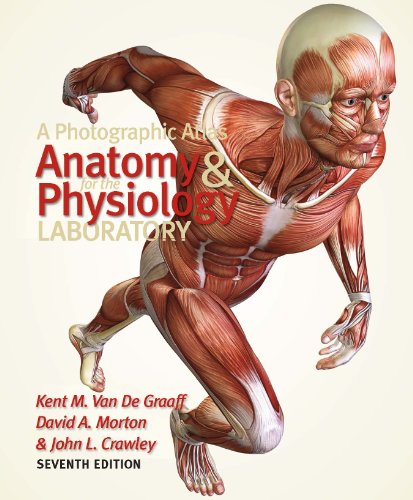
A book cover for A Photographic Atlas for the Anatomy and Physiology Laboratory Seventh Edition; Kent M. Van De Graaff; Medical Books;